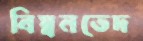
বিস্বনভেদ